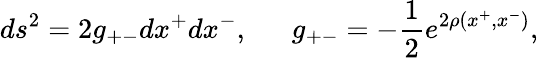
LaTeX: ds^{2}=2g_{+-}dx^{+}dx^{-},~~~~~~g_{+-}=-\frac{1}{2}e^{2\rho(x^{+},x^{-})},